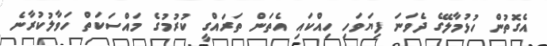
އެގޮތުން ހުޅުމާލޭގެ ދެވަނަ ފިޔަވަހި ހިއްކައި އެތަން ތަރައްގީ ކުރުމުގެ މައްސަކަތް ހަވާލުކުރާނެ